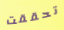
تحققت